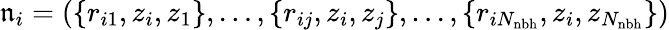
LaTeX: \mathfrak{n}_{i}=(\{ r_{i1},z_{i},z_{1}\} ,\ldots,\{ r_{ij},z_{i},z_{j}\} ,\ldots,\{ r_{iN_{\mathrm{nbh}}},z_{i},z_{N_{\mathrm{nbh}}}\} )